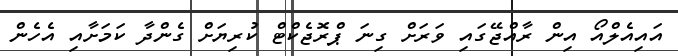
އައިއެލްއޯ އިން ރާއްޖޭގައި ވަރަށް ގިނަ ޕްރޮޖެކްޓް ކުރިޔަށް ގެންދާ ކަމަށާއި އެހެން